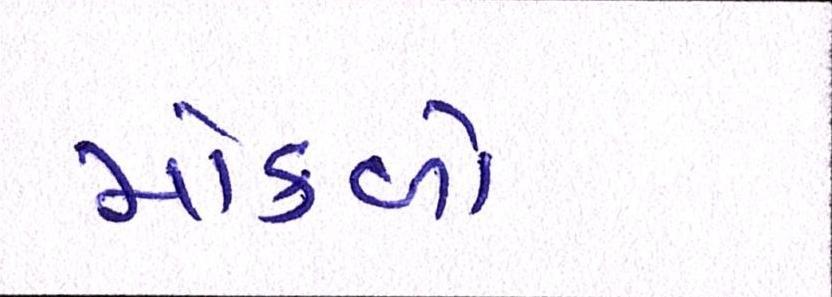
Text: મોકળો